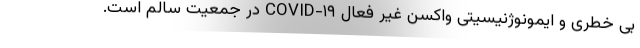
بی خطری و ایمونوژنیسیتی واکسن غیر فعال COVID-۱۹ در جمعیت سالم است.